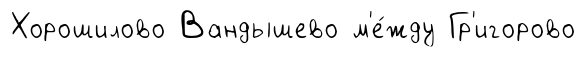
Хорошилово Вандышево м'е́жду Гр'игорово